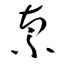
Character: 禀